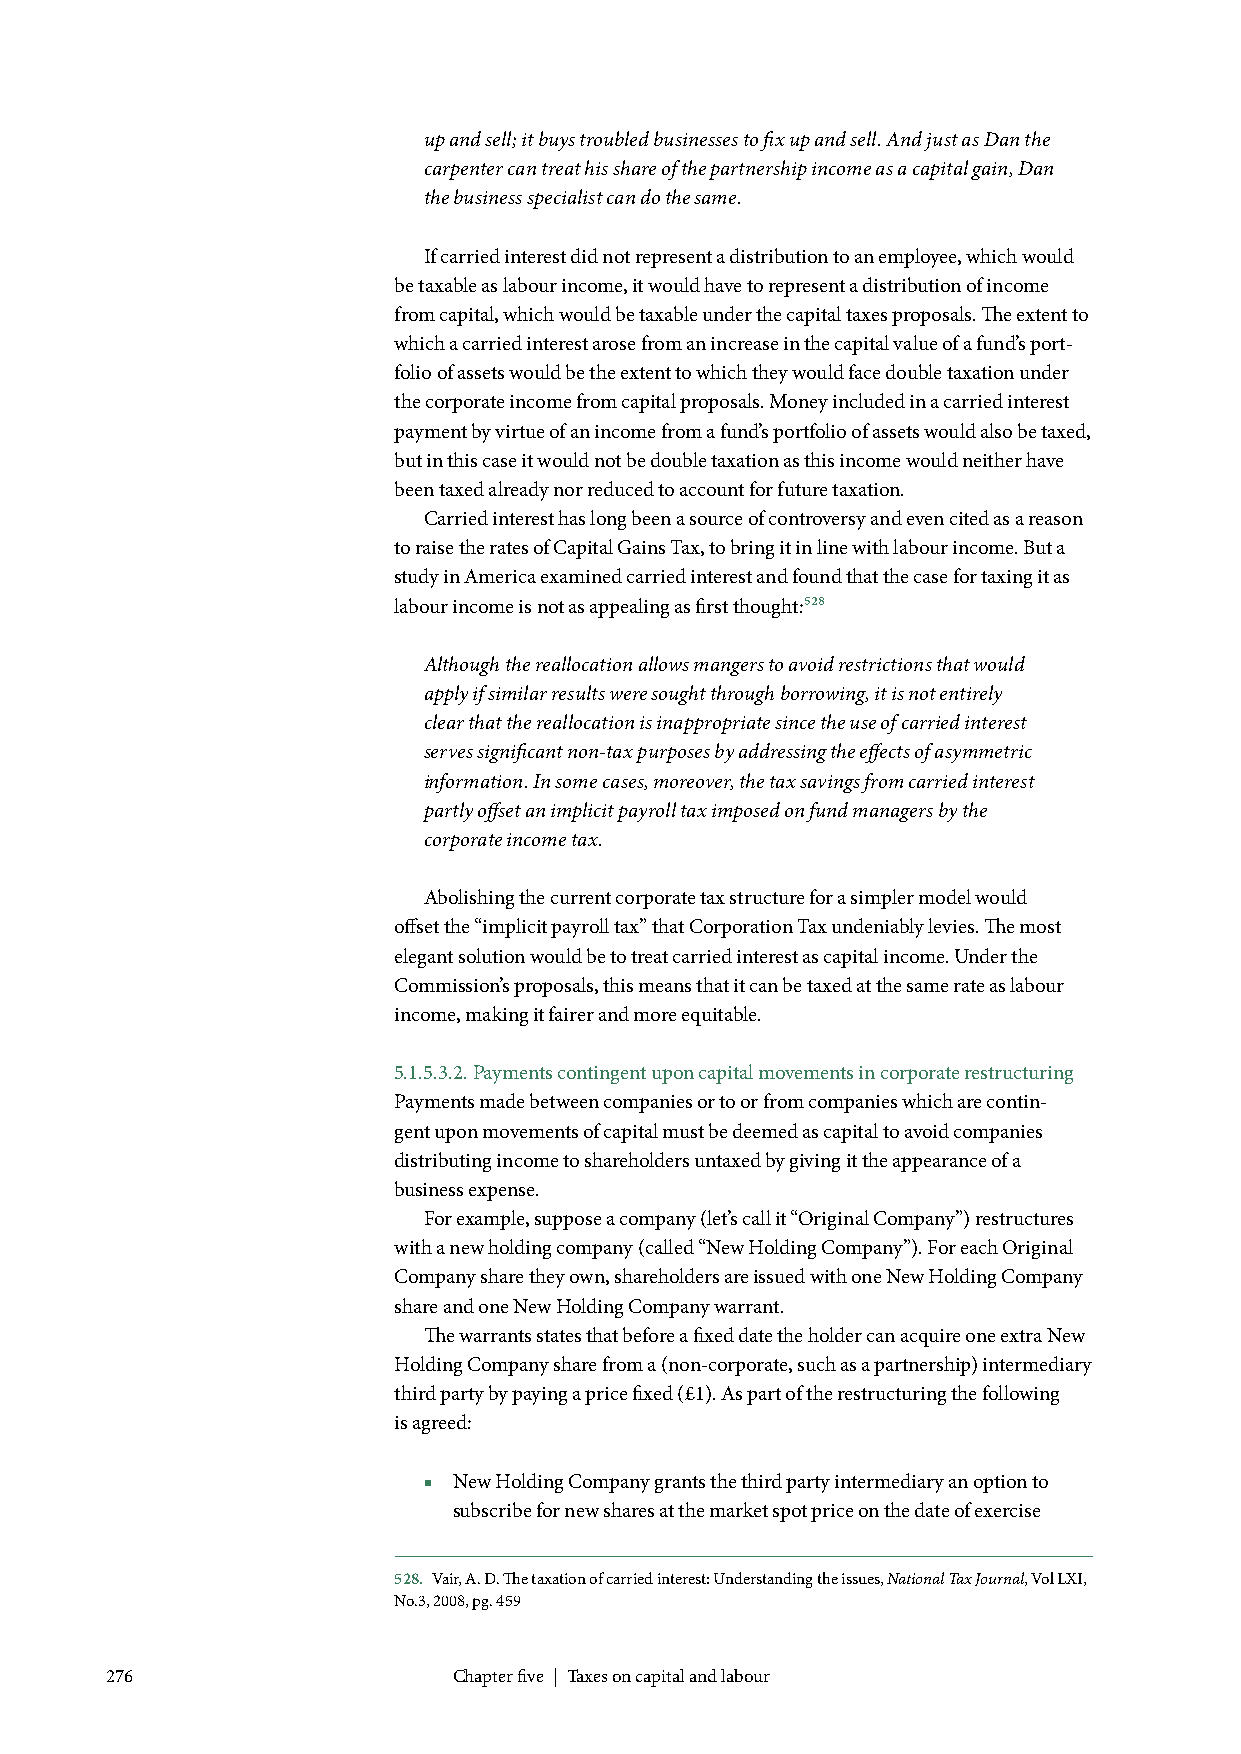
up and sell; it buys troubled businesses to fix up and sell. And just as Dan the
 carpenter can treat his share of the partnership income as a capital gain, Dan
 the business specialist can do the same.
 If carried interest did not represent a distribution to an employee, which would
 be taxable as labour income, it would have to represent a distribution of income
 from capital, which would be taxable under the capital taxes proposals. The extent to
 which a carried interest arose from an increase in the capital value of a fund’s port-
 folio of assets would be the extent to which they would face double taxation under
 the corporate income from capital proposals. Money included in a carried interest
 payment by virtue of an income from a fund’s portfolio of assets would also be taxed,
 but in this case it would not be double taxation as this income would neither have
 been taxed already nor reduced to account for future taxation.
 Carried interest has long been a source of controversy and even cited as a reason
 to raise the rates of Capital Gains Tax, to bring it in line with labour income. But a
 study in America examined carried interest and found that the case for taxing it as
 labour income is not as appealing as first thought:528
 Although the reallocation allows mangers to avoid restrictions that would
 apply if similar results were sought through borrowing, it is not entirely
 clear that the reallocation is inappropriate since the use of carried interest
 serves significant non-tax purposes by addressing the effects of asymmetric
 information. In some cases, moreover, the tax savings from carried interest
 partly offset an implicit payroll tax imposed on fund managers by the
 corporate income tax.
 Abolishing the current corporate tax structure for a simpler model would
 offset the “implicit payroll tax” that Corporation Tax undeniably levies. The most
 elegant solution would be to treat carried interest as capital income. Under the
 Commission’s proposals, this means that it can be taxed at the same rate as labour
 income, making it fairer and more equitable.
 5.1.5.3.2. Payments contingent upon capital movements in corporate restructuring
 Payments made between companies or to or from companies which are contin-
 gent upon movements of capital must be deemed as capital to avoid companies
 distributing income to shareholders untaxed by giving it the appearance of a
 business expense.
 For example, suppose a company (let’s call it “Original Company”) restructures
 with a new holding company (called “New Holding Company”). For each Original
 Company share they own, shareholders are issued with one New Holding Company
 share and one New Holding Company warrant.
 The warrants states that before a fixed date the holder can acquire one extra New
 Holding Company share from a (non-corporate, such as a partnership) intermediary
 third party by paying a price fixed (£1). As part of the restructuring the following
 is agreed:
 ■ New Holding Company grants the third party intermediary an option to
 subscribe for new shares at the market spot price on the date of exercise
 528. Vair, A. D. The taxation of carried interest: Understanding the issues, National Tax Journal, Vol LXI,
 No.3, 2008, pg. 459
 276                    Chapter five | Taxes on capital and labour